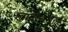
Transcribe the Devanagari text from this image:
चांदीवरील